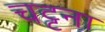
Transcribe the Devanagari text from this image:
चट्टना